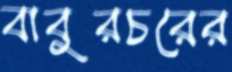
বাবুরচরের